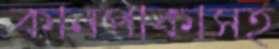
কানপাকাসহ